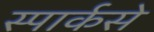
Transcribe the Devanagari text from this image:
स्पार्कसे